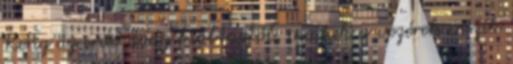
Reng az erdő ádáz kiáltástól; maguk a vezérek viszik